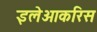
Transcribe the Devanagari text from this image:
इलेओकरिस